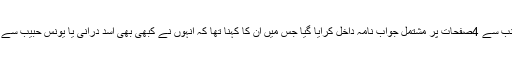
میڈ یا رپورٹس کے مطابق سپریم کورٹ میں نواز شریف کی جانب سے 4صفحات پر مشتمل جواب نامہ داخل کرایا گیا جس میں ان کا کہنا تھا کہ انہوں نے کبھی بھی اسد درانی یا یونس حبیب سے 35یا 25لاکھ روپے انتخابی مہم کے دوران وصول نہیں کیے ۔